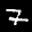
Label: 7